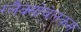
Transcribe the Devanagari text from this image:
ग्लैक्सोवेलकम